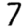
Digit: 7